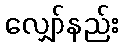
လျှော်နည်း